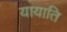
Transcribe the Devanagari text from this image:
यायाति